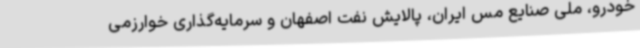
خودرو، ملی صنایع مس ایران، پالایش نفت اصفهان و سرمایه‌گذاری خوارزمی